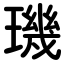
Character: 璣